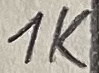
Text: 1K